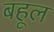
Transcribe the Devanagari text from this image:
बहूल